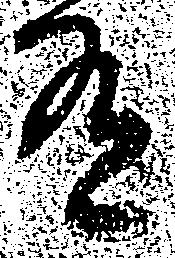
有